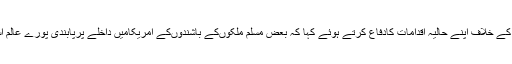
انہوںنے مسلمانوں کے خلاف اپنے حالیہ اقدامات کادفاع کرتے ہوئے کہا کہ بعض مسلم ملکوںکے باشندوںکے امریکامیں داخلے پرپابندی پورے عالم اسلام پرپابندی نہیں۔